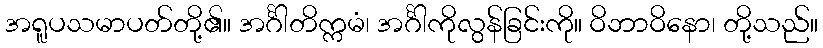
အရူပသမာပတ်တို့၏။ အင်္ဂါတိက္ကမံ၊ အင်္ဂါကိုလွန်ခြင်းကို။ ဝိဘာဝိနော၊ တို့သည်။